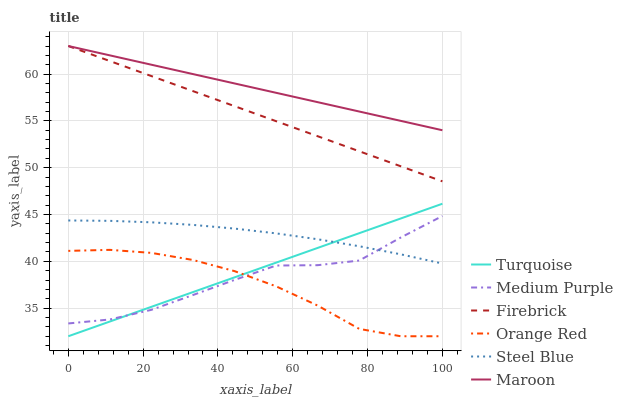
| xaxis_label | Turquoise | Medium Purple | Firebrick | Orange Red | Steel Blue | Maroon |
 | --- | --- | --- | --- | --- | --- | --- |
 | 0 | 32 | 33.4 | 63 | 41.1 | 44.4 | 63 |
 | 11.1 | 33.6 | 33.8 | 61.4 | 41.2 | 44.3 | 62 |
 | 22.2 | 35.1 | 34.8 | 59.8 | 40.9 | 44.2 | 61 |
 | 33.3 | 36.7 | 36.4 | 58.2 | 40.1 | 43.9 | 60 |
 | 44.4 | 38.3 | 38 | 56.6 | 39 | 43.5 | 59 |
 | 55.6 | 39.9 | 39.6 | 55 | 37.3 | 43 | 58 |
 | 66.7 | 41.4 | 39.6 | 53.4 | 35.3 | 42.4 | 57 |
 | 77.8 | 43 | 40.1 | 51.8 | 32.8 | 41.6 | 56 |
 | 88.9 | 44.6 | 42.5 | 50.2 | 32 | 40.7 | 55 |
 | 100 | 46.2 | 44.8 | 48.5 | 32 | 39.8 | 54 |